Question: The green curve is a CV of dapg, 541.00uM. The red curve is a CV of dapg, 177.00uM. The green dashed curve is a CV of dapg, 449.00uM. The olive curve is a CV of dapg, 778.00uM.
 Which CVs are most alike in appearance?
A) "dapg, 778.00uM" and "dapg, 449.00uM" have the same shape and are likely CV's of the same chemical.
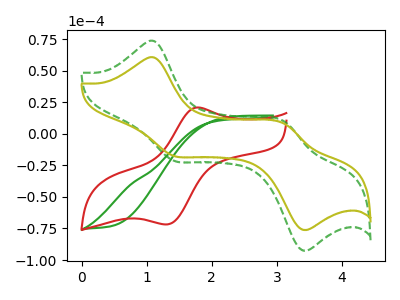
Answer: <think>The green curve "dapg, 541.00uM" has no peaks. The red curve "dapg, 177.00uM" has an anodic peak at (1.80V, 20.80uA) and a cathodic peak at (1.30V, -71.80uA). The green dashed curve "dapg, 449.00uM" has anodic peaks at (1.10V, 73.40uA) (3.10V, 9.75uA) and cathodic peaks at (1.40V, -21.40uA) (3.40V, -92.00uA). The olive curve "dapg, 778.00uM" has anodic peaks at (1.10V, 60.40uA) (3.10V, 8.05uA) and cathodic peaks at (1.40V, -17.60uA) (3.40V, -75.70uA).
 "dapg, 541.00uM" and "dapg, 177.00uM" have a different number of peaks. "dapg, 541.00uM" and "dapg, 449.00uM" have a different number of peaks. "dapg, 541.00uM" and "dapg, 778.00uM" have a different number of peaks. "dapg, 177.00uM" and "dapg, 449.00uM" have a different number of peaks. "dapg, 177.00uM" and "dapg, 778.00uM" have a different number of peaks. All the peaks in "dapg, 449.00uM" have a peak in "dapg, 778.00uM" at the same potential. Every peak in "dapg, 449.00uM" is higher than every peak in "dapg, 778.00uM".</think>
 <answer>A) "dapg, 778.00uM" and "dapg, 449.00uM" have the same shape and are likely CV's of the same chemical.</answer>
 <eval>A</eval>